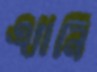
এ্যানি